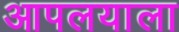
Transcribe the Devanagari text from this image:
आपलयाला